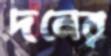
দনের